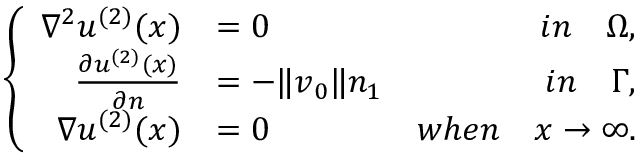
\left\{ \begin{array} { r l r } { \nabla ^ { 2 } u ^ { ( 2 ) } ( \boldsymbol { x } ) } & { = 0 } & { i n \quad \Omega , } \\ { \frac { \partial u ^ { ( 2 ) } ( \boldsymbol { x } ) } { \partial \boldsymbol { n } } } & { = - \| \boldsymbol { v } _ { 0 } \| n _ { 1 } } & { i n \quad \Gamma , } \\ { \nabla u ^ { ( 2 ) } ( \boldsymbol { x } ) } & { = 0 } & { w h e n \quad \boldsymbol { x } \rightarrow \infty . } \end{array} \right.